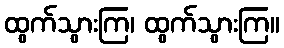
ထွက်သွားကြ၊ ထွက်သွားကြ။